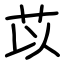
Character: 苡